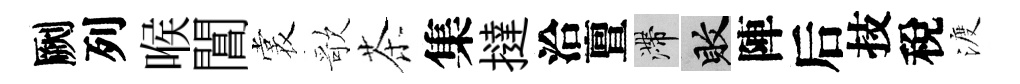
劂列喉閶裳歌茶集撻洽亶滯敗陣后技稅渡